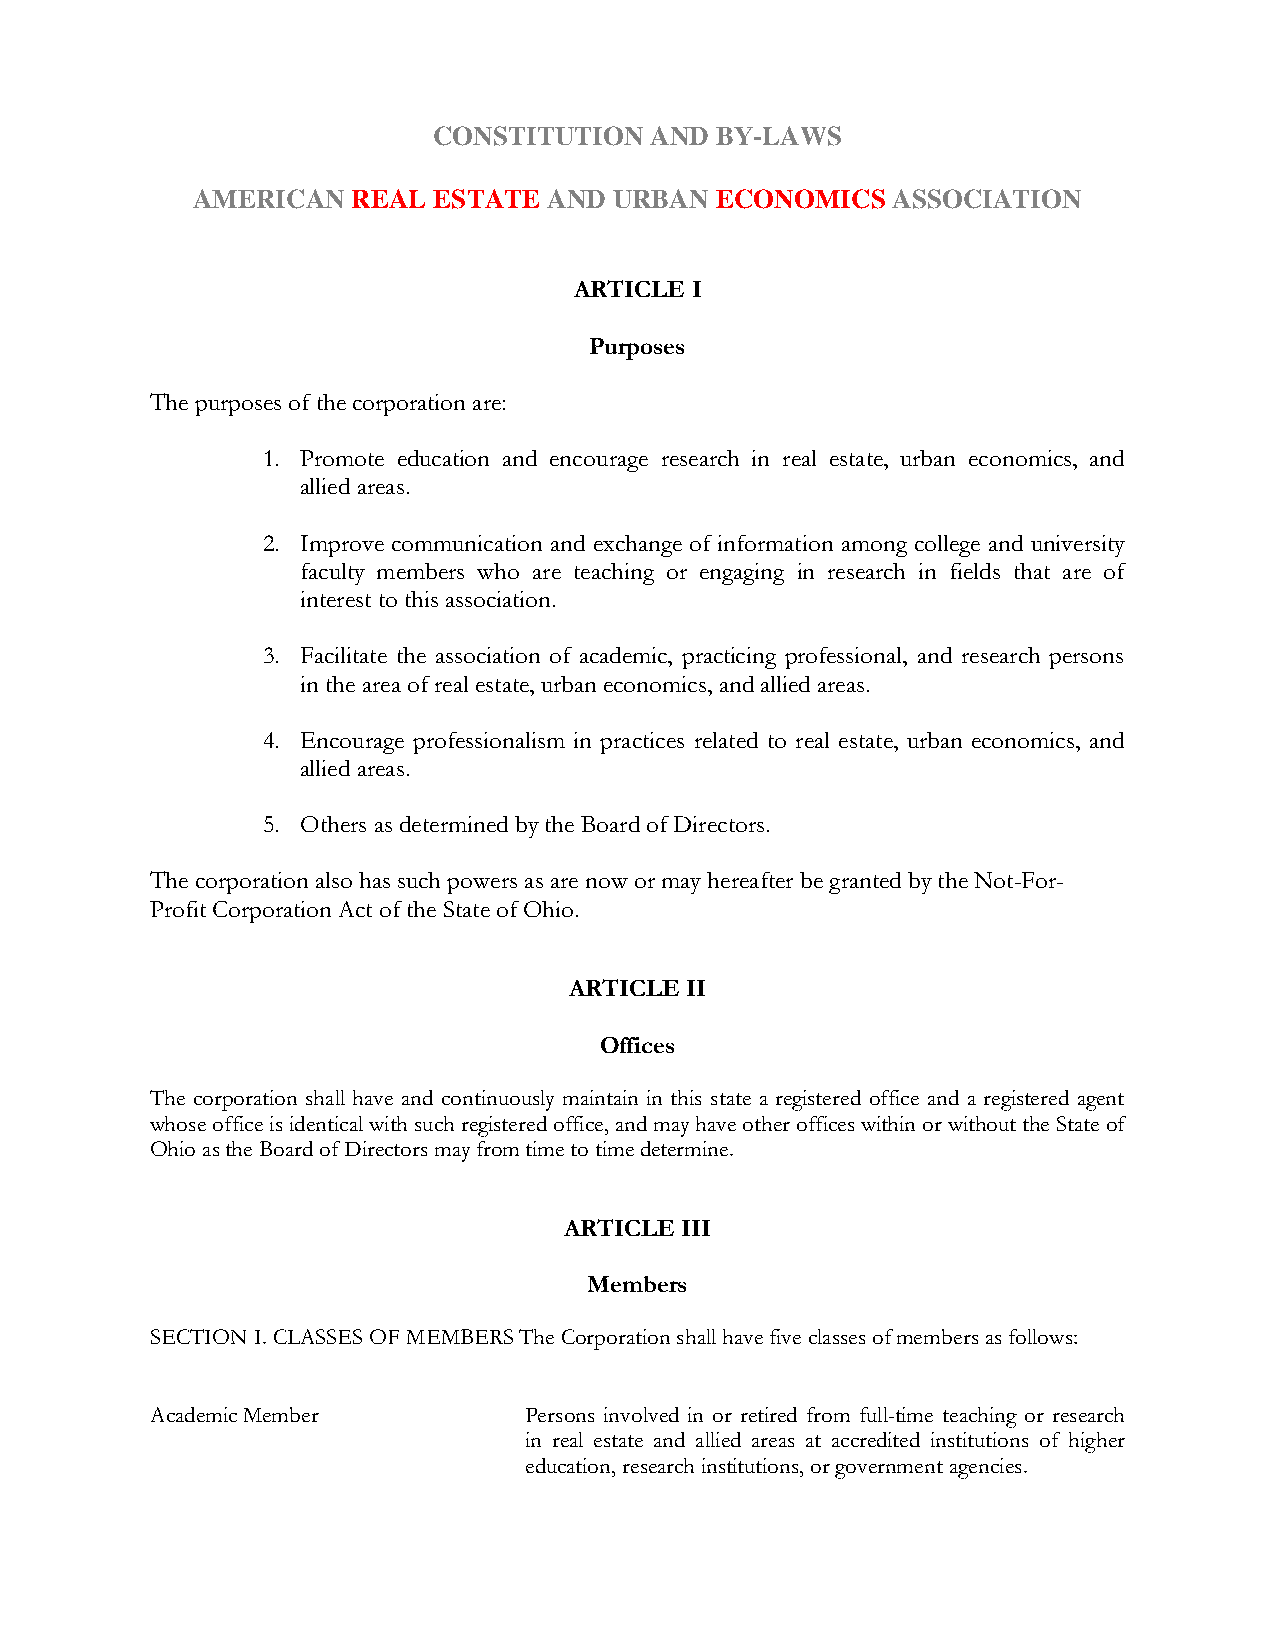
CONSTITUTION  AND BY-LAWS
 AMERICAN  REAL  ESTATE AND  URBAN ECONOMICS   ASSOCIATION
 ARTICLE I
 Purposes
 The purposes of the corporation are:
 1. Promote education and encourage research in real estate, urban economics, and
 allied areas.
 2. Improve communication and exchange of information among college and university
 faculty members who are teaching or engaging in research in fields that are of
 interest to this association.
 3. Facilitate the association of academic, practicing professional, and research persons
 in the area of real estate, urban economics, and allied areas.
 4. Encourage professionalism in practices related to real estate, urban economics, and
 allied areas.
 5. Others as determined by the Board of Directors.
 The corporation also has such powers as are now or may hereafter be granted by the Not-For-
 Profit Corporation Act of the State of Ohio.
 ARTICLE II
 Offices
 The corporation shall have and continuously maintain in this state a registered office and a registered agent
 whose office is identical with such registered office, and may have other offices within or without the State of
 Ohio as the Board of Directors may from time to time determine.
 ARTICLE III
 Members
 SECTION I. CLASSES OF MEMBERS The Corporation shall have five classes of members as follows:
 Academic Member          Persons involved in or retired from full-time teaching or research
 in real estate and allied areas at accredited institutions of higher
 education, research institutions, or government agencies.